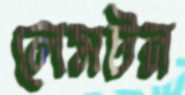
লেমটন